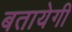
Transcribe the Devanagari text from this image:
बतायेगी